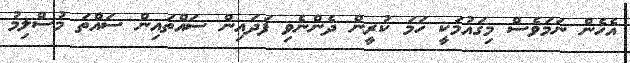
އެހެން ނަމަވެސް މިގައުމަކީ ހަމަ ކުރީން ދެންނެވި ފަދައިން ސައްތައިން ސައްތަ މުސްލިމު